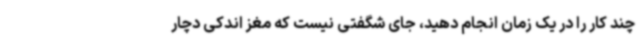
چند کار را در یک زمان انجام دهید، جای شگفتی نیست که مغز اندکی دچار